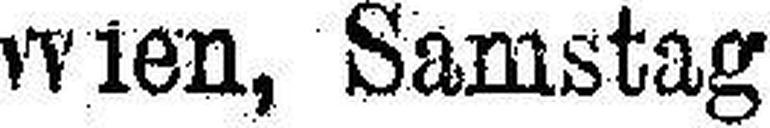
Wien, Samstag